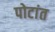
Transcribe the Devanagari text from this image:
पोटांत